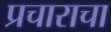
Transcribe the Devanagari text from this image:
प्रचाराचा